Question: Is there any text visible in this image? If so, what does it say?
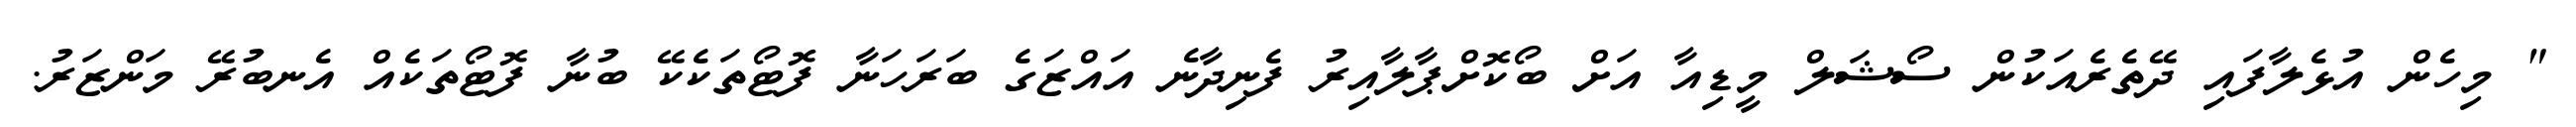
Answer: " މިހެން އުޅެލާފައި ދޭތެރެއަކުން ސޯޝަލް މީޑިއާ އަށް ބޯކޮށްޕާލާއިރު ފެނިދާނެ އައްޒަގެ ބަރަހަނާ ފޮޓޯތަކެކޭ ބުނާ ފޮޓޯތަކެއް އެނބުރޭ މަންޒަރު.